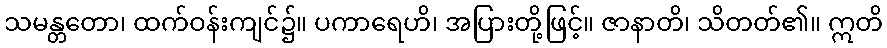
သမန္တတော၊ ထက်ဝန်းကျင်၌။ ပကာရေဟိ၊ အပြားတို့ဖြင့်။ ဇာနာတိ၊ သိတတ်၏။ ဣတိ